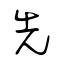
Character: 先